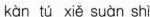
k à n t ú x i ě s u à n s h ì